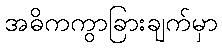
အဓိကကွာခြားချက်မှာ